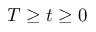
T \geq t \geq 0